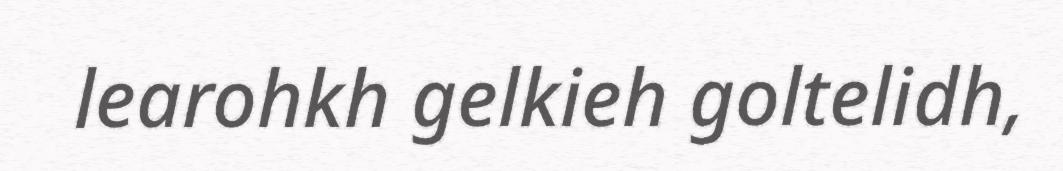
learohkh gelkieh goltelidh,